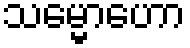
သမ္မောဟော